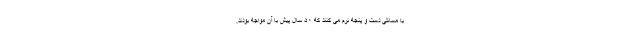
با مسائلی دست و پنجه نرم می کنند که ۵۰ سال پیش با آن مواجه بودند.